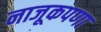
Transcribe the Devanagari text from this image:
नाजूकपणा